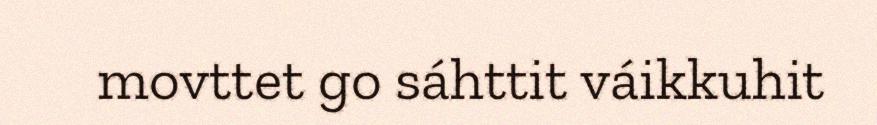
movttet go sáhttit váikkuhit